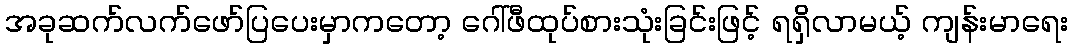
အခုဆက်လက်ဖော်ပြပေးမှာကတော့ ဂေါ်ဖီထုပ်စားသုံးခြင်းဖြင့် ရရှိလာမယ့် ကျန်းမာရေး